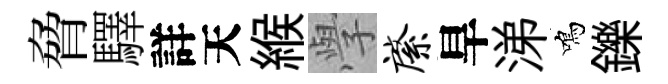
脅驛詳天緱𭓕綮旱涕鳴鑠